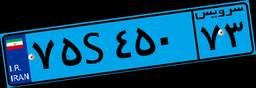
۲۸S۸۹۳۰۶